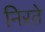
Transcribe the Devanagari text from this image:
निरते